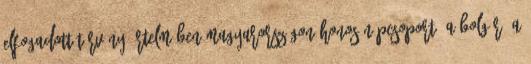
elfogadott törvény értelmében Magyarországon honos népcsoport: a bolgár, a